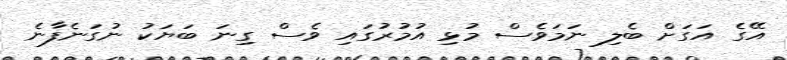
އޭގެ އަގަށް ބެލި ނަމަވެސް މުޅި އުމުރުގައި ވެސް ގިނަ ބަޔަކު ނުގަނެފާނެ